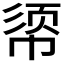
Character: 𫷈